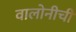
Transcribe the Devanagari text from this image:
वालोनीची